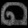
Digit: ၈